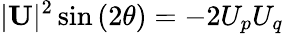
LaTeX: |\mathbf{U}|^{2}\sin{(2\theta)}=-2U_{p}U_{q}